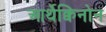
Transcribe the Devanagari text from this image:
आर्थेक्विनोन